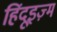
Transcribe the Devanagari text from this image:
हिंदूइज़्म